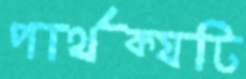
পার্থক্যটি